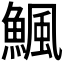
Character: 𩹥